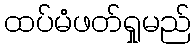
ထပ်မံဖတ်ရှုမည်